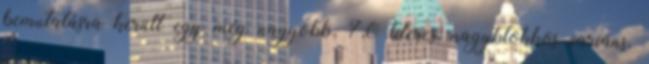
bemutatásra került egy még nagyobb, 7,0 literes, nagyblokkos variáns.